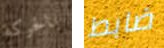
بالحركة ضابط